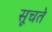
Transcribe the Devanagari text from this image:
सूचते